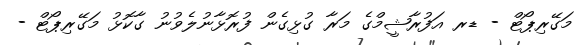
މަގޭރިޕޯޓް - ޑރ އަފުރާޝީމްގެ މަރާ ގުޅިގެން ފުރޮޅާނުލެވުނު ގާކޮޅު މަގޭރިޕޯޓް -